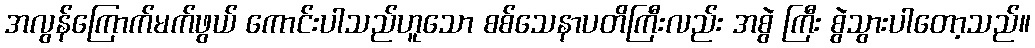
အလွန်ကြောက်မက်ဖွယ် ကောင်းပါသည်ဟူသော စစ်သေနာပတိကြီးလည်း အစွဲ ကြီး စွဲသွားပါတော့သည်။